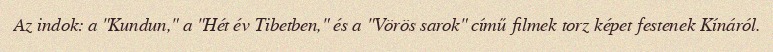
Az indok: a "Kundun," a "Hét év Tibetben," és a "Vörös sarok" című filmek torz képet festenek Kínáról.